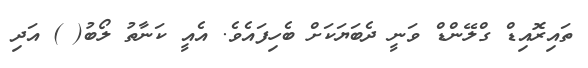
ތައިރޮއިޑް ގްލޭންޑް ވަނީ ދެބަޔަކަށް ބެހިފައެވެ. އެއީ ކަނާތު ލޯބު( ) އަދި